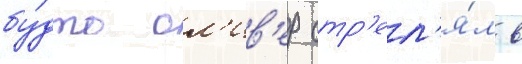
бу́дто ол'ив'ер стр'ел'я́л в